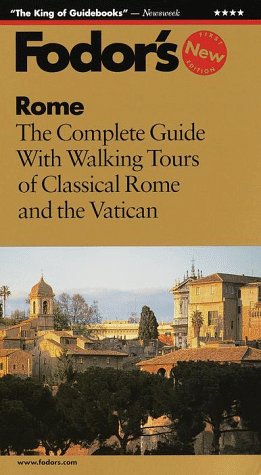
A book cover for Rome: The Complete Guide with Walking Tours of Classical Rome and the Vatican (Fodor's Rome, 1999); Fodor's; Travel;